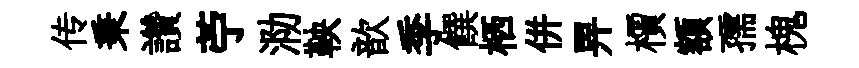
传秉讚苧泐鞅歆季饌栖併畀檟額孺槐